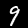
Label: 9